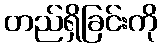
တည်ရှိခြင်းကို